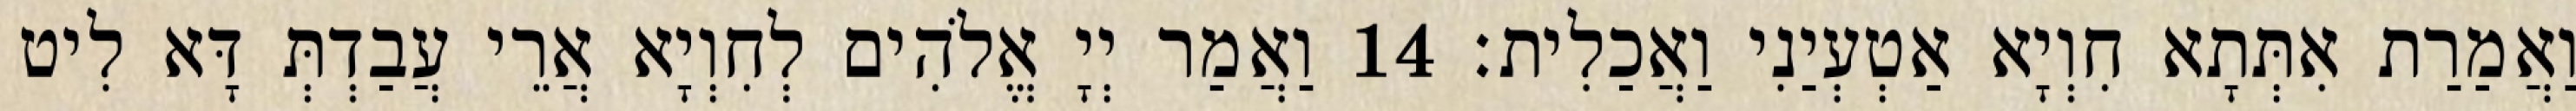
וַאֲמַרַת אִתְּתָא חִוְיָא אַטְעְיַנִי וַאֲכַלִית׃ 14 וַאֲמַר יְיָ אֱלֹהִים לְחִוְיָא אֲרֵי עֲבַדְתְּ דָּא לִיט